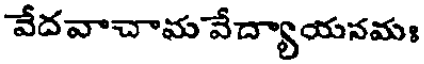
వేదవాచామ వేద్యాయనమః